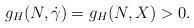
LaTeX: \begin{align*}g_{H}(N,\dot\gamma)=g_{H}(N,X)>0.\end{align*}